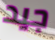
جيد